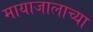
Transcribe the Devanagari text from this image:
मायाजालाच्या